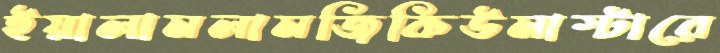
ইয়ালামলামজিকিউমাস্টারে